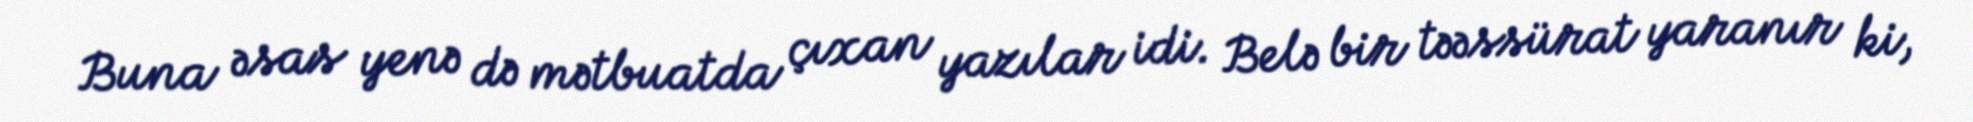
Buna əsas yenə də mətbuatda çıxan yazılar idi. Belə bir təəssürat yaranır ki,